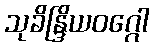
သုခိန္ဒြိယဝဂ္ဂေါ